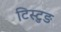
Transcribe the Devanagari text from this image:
टिस्टुङ